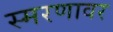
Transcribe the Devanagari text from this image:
स्मरणावर